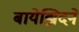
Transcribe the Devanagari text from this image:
बायेझिदने